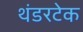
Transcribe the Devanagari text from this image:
थंडरटेक